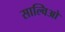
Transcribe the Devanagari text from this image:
साल्विओ